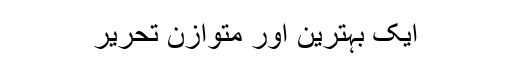
ایک بہترین اور متوازن تحریر